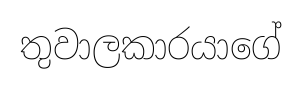
තුවාලකාරයාගේ